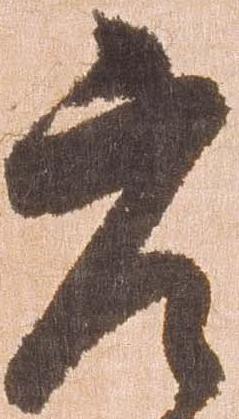
庄